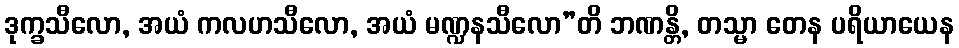
ဒုက္ခသီလော, အယံ ကလဟသီလော, အယံ မဏ္ဍနသီလော”တိ ဘဏန္တိ, တသ္မာ တေန ပရိယာယေန